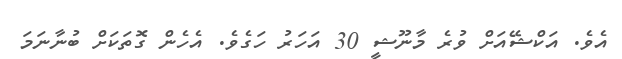
އެވެ. އަކްޝޭއަށް ވުރެ މާނޫޝީ 30 އަހަރު ހަގެވެ. އެހެން ގޮތަކަށް ބުނާނަމަ